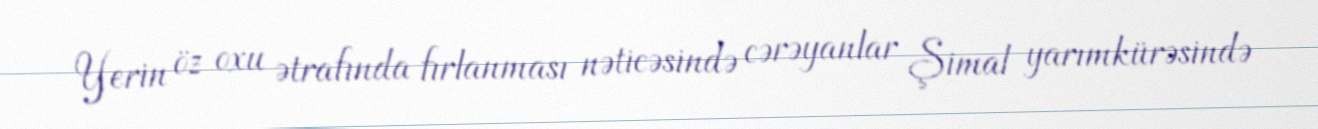
Yerin öz oxu ətrafında fırlanması nəticəsində cərəyanlar Şimal yarımkürəsində